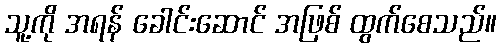
သူ့ကို အရန် ခေါင်းဆောင် အဖြစ် ထွက်စေသည်။